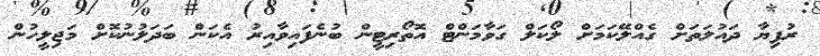
ރުފިޔާ ދައުލަތަށް ގެއްލޭކަމަށް ލޯކަލް ގަވާމަންޓް އޮތޯރިޓީން ބުނެފައިވާއިރު އެކަން ބަދަލުނުކޮށް މަޖިލީހުން